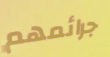
جرائمهم